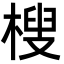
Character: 㮴